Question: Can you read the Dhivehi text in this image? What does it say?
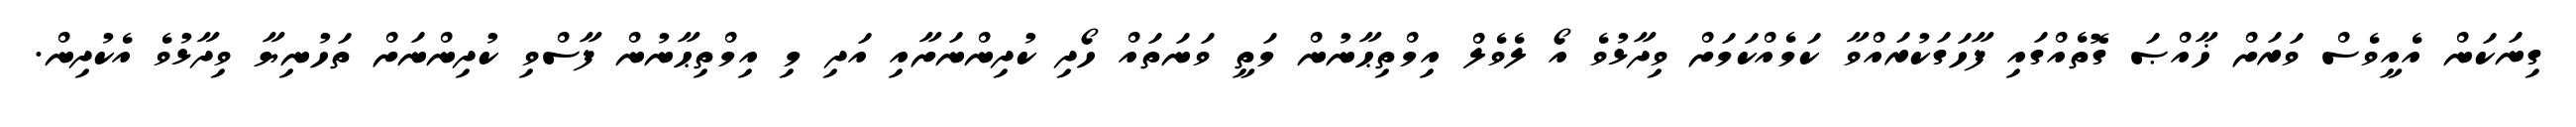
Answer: ގިނަކަން އެއީވެސް ވަރަށް ޚާއްޞަ ގޮތެއްގައި ފާހަގަކުރައްވާ ކަމެއްކަމަށް ވިދާޅުވެ އޯ ލެވެލް އިމްތިޙާނުން މަތީ ވަނަތައް ހޯދި ކުދިންނަށާއި އަދި މި އިމްތިޙާނުން ފާސްވި ކުދިންނަށް ތަހުނިޔާ ވިދާޅުވެ އެކުދިން.